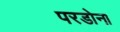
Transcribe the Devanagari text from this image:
परडोना